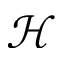
\mathcal { H }